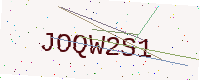
Text: JOQW2S1